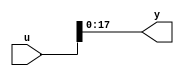
module controllerHdl_MATLAB_Function
          (
           u,
           y
          );


  input   [35:0] u;  // ufix36
  output  [17:0] y;  // ufix18




  //MATLAB Function 'Encoder_To_Position_And_Velocity/Rotor_To_Electrical_Position/Mod_2pi_Scale_And_Bit_Slice/Mark_Extract_Bits/MATLAB Function': '<S13>:1'
  // Non-tunable mask parameter
  //'<S13>:1:8'
  //'<S13>:1:10'
  assign y = u[17:0];
  //'<S13>:1:14'



endmodule